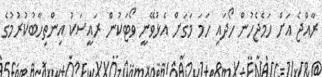
ރާއްޖެ އަށް ހަމެޖެހުން ހޯދައި ހަމަ މަގަށް އެޅުވޭނީ ވޯޓަކުން ރައީސަކު އިންތިހާބުކުރުމުގެ